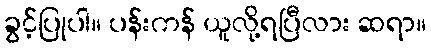
ခွင့်ပြုပါ။ ပန်းကန် ယူလို့ရပြီလား ဆရာ။